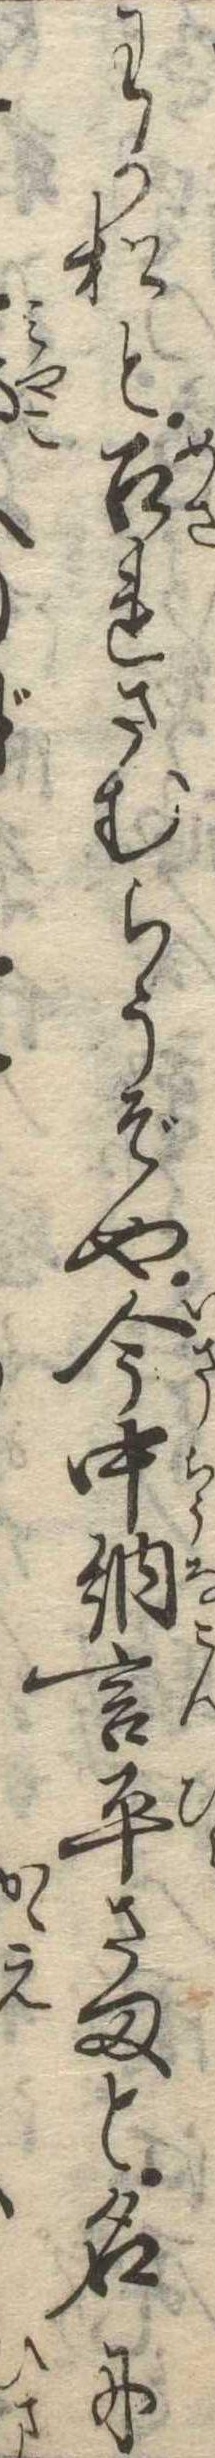
わか松と召れさむらうぞや今中納言平さまと名に